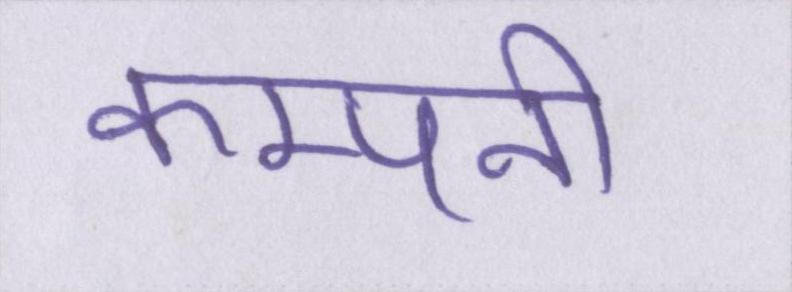
कम्पनी